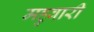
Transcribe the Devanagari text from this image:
महुवारी